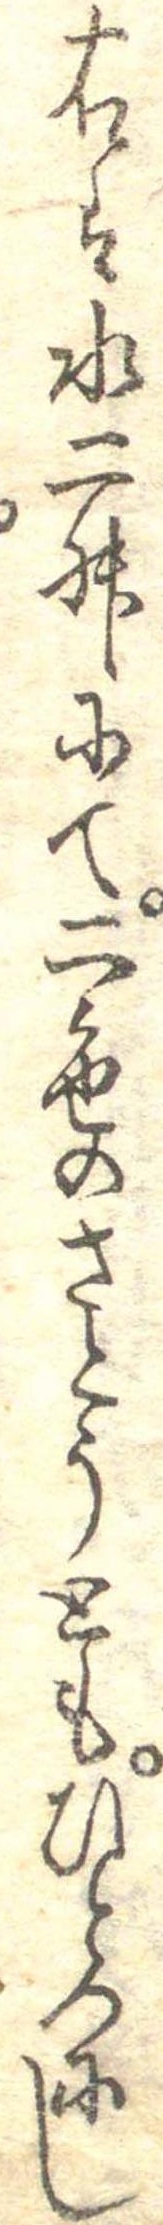
右を水二升にて二色のさとうともひとつにし